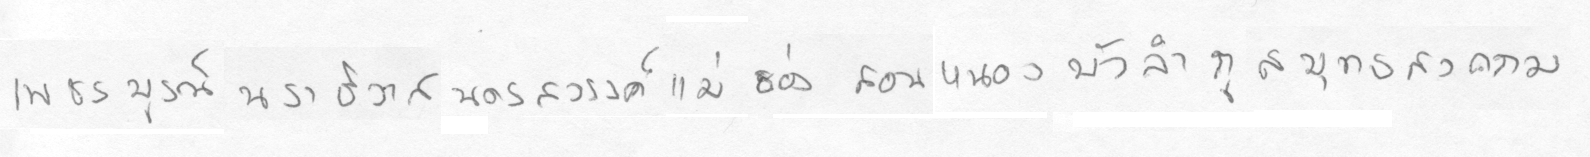
เพชรบรูณ์นราธิวาสนครสววรรค์แม่ฮ่องสอนหนองบัวลำภูสมุทรสงคราม